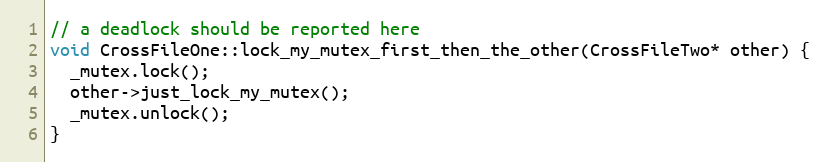
Language: C++
// a deadlock should be reported here
void CrossFileOne::lock_my_mutex_first_then_the_other(CrossFileTwo* other) {
  _mutex.lock();
  other->just_lock_my_mutex();
  _mutex.unlock();
}